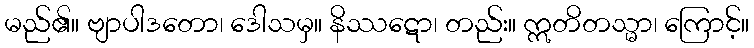
မည်၏။ ဗျာပါဒတော၊ ဒေါသမှ။ နိဿဋော၊ တည်း။ ဣတိတသ္မာ၊ ကြောင့်။